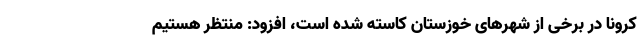
کرونا در برخی از شهرهای خوزستان کاسته شده است، افزود: منتظر هستیم